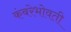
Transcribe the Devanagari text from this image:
कंबरेभोवती